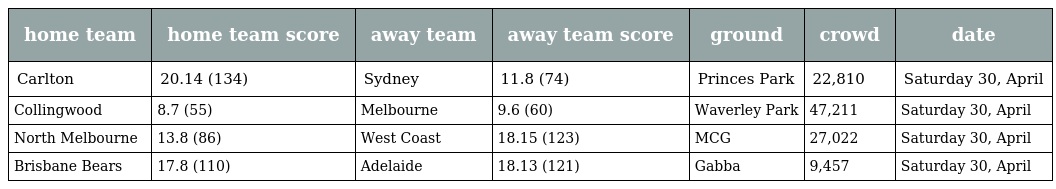
| home team | home team score | away team | away team score | ground | crowd | date |
 | --- | --- | --- | --- | --- | --- | --- |
 | Carlton | 20.14 (134) | Sydney | 11.8 (74) | Princes Park | 22,810 | Saturday 30, April |
 | Collingwood | 8.7 (55) | Melbourne | 9.6 (60) | Waverley Park | 47,211 | Saturday 30, April |
 | North Melbourne | 13.8 (86) | West Coast | 18.15 (123) | MCG | 27,022 | Saturday 30, April |
 | Brisbane Bears | 17.8 (110) | Adelaide | 18.13 (121) | Gabba | 9,457 | Saturday 30, April |